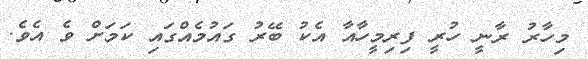
މިހާރު ރާނީ ހުރީ ފިރިމީހާއާ އެކު ބޭރު ގައުމެއްގައި ކަމަށް ވެ އެވެ.